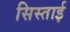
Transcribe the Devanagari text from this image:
सिस्ताई